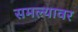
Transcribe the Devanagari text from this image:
समल्यावर